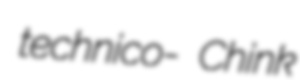
technico- Chink